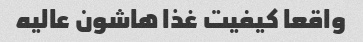
واقعا کیفیت غذا هاشون عالیه